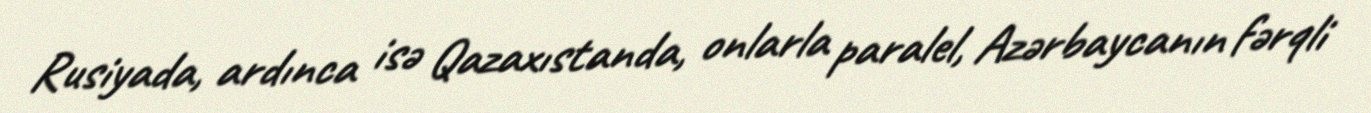
Rusiyada, ardınca isə Qazaxıstanda, onlarla paralel, Azərbaycanın fərqli